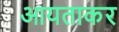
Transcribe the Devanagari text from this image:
आयताकर